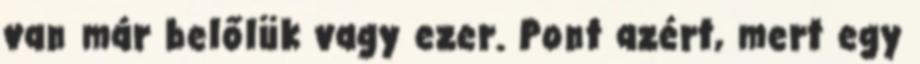
van már belőlük vagy ezer. Pont azért, mert egy